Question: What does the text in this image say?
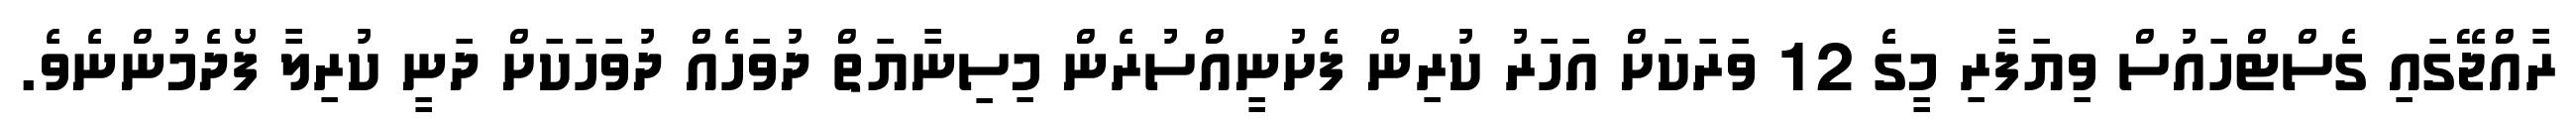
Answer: ރާއްޖޭގައި ގެސްޓްހައުސް ވިޔަފާރި މީގެ 12 ވަރަކަށް އަހަރު ކުރިން ފެށުނީއްސުރެން މިސިނާޔަތް ދުވަހެއް ދުވަހަކަށް ދަނީ ކުރިލާ ފޯދެމުންނެވެ.